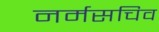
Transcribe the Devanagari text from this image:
नर्मसचिव